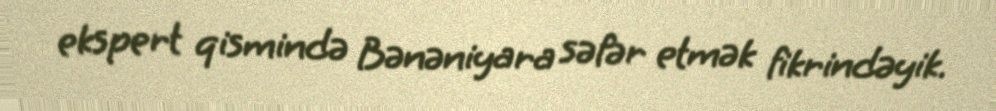
ekspert qismində Bənəniyara səfər etmək fikrindəyik.